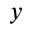
y